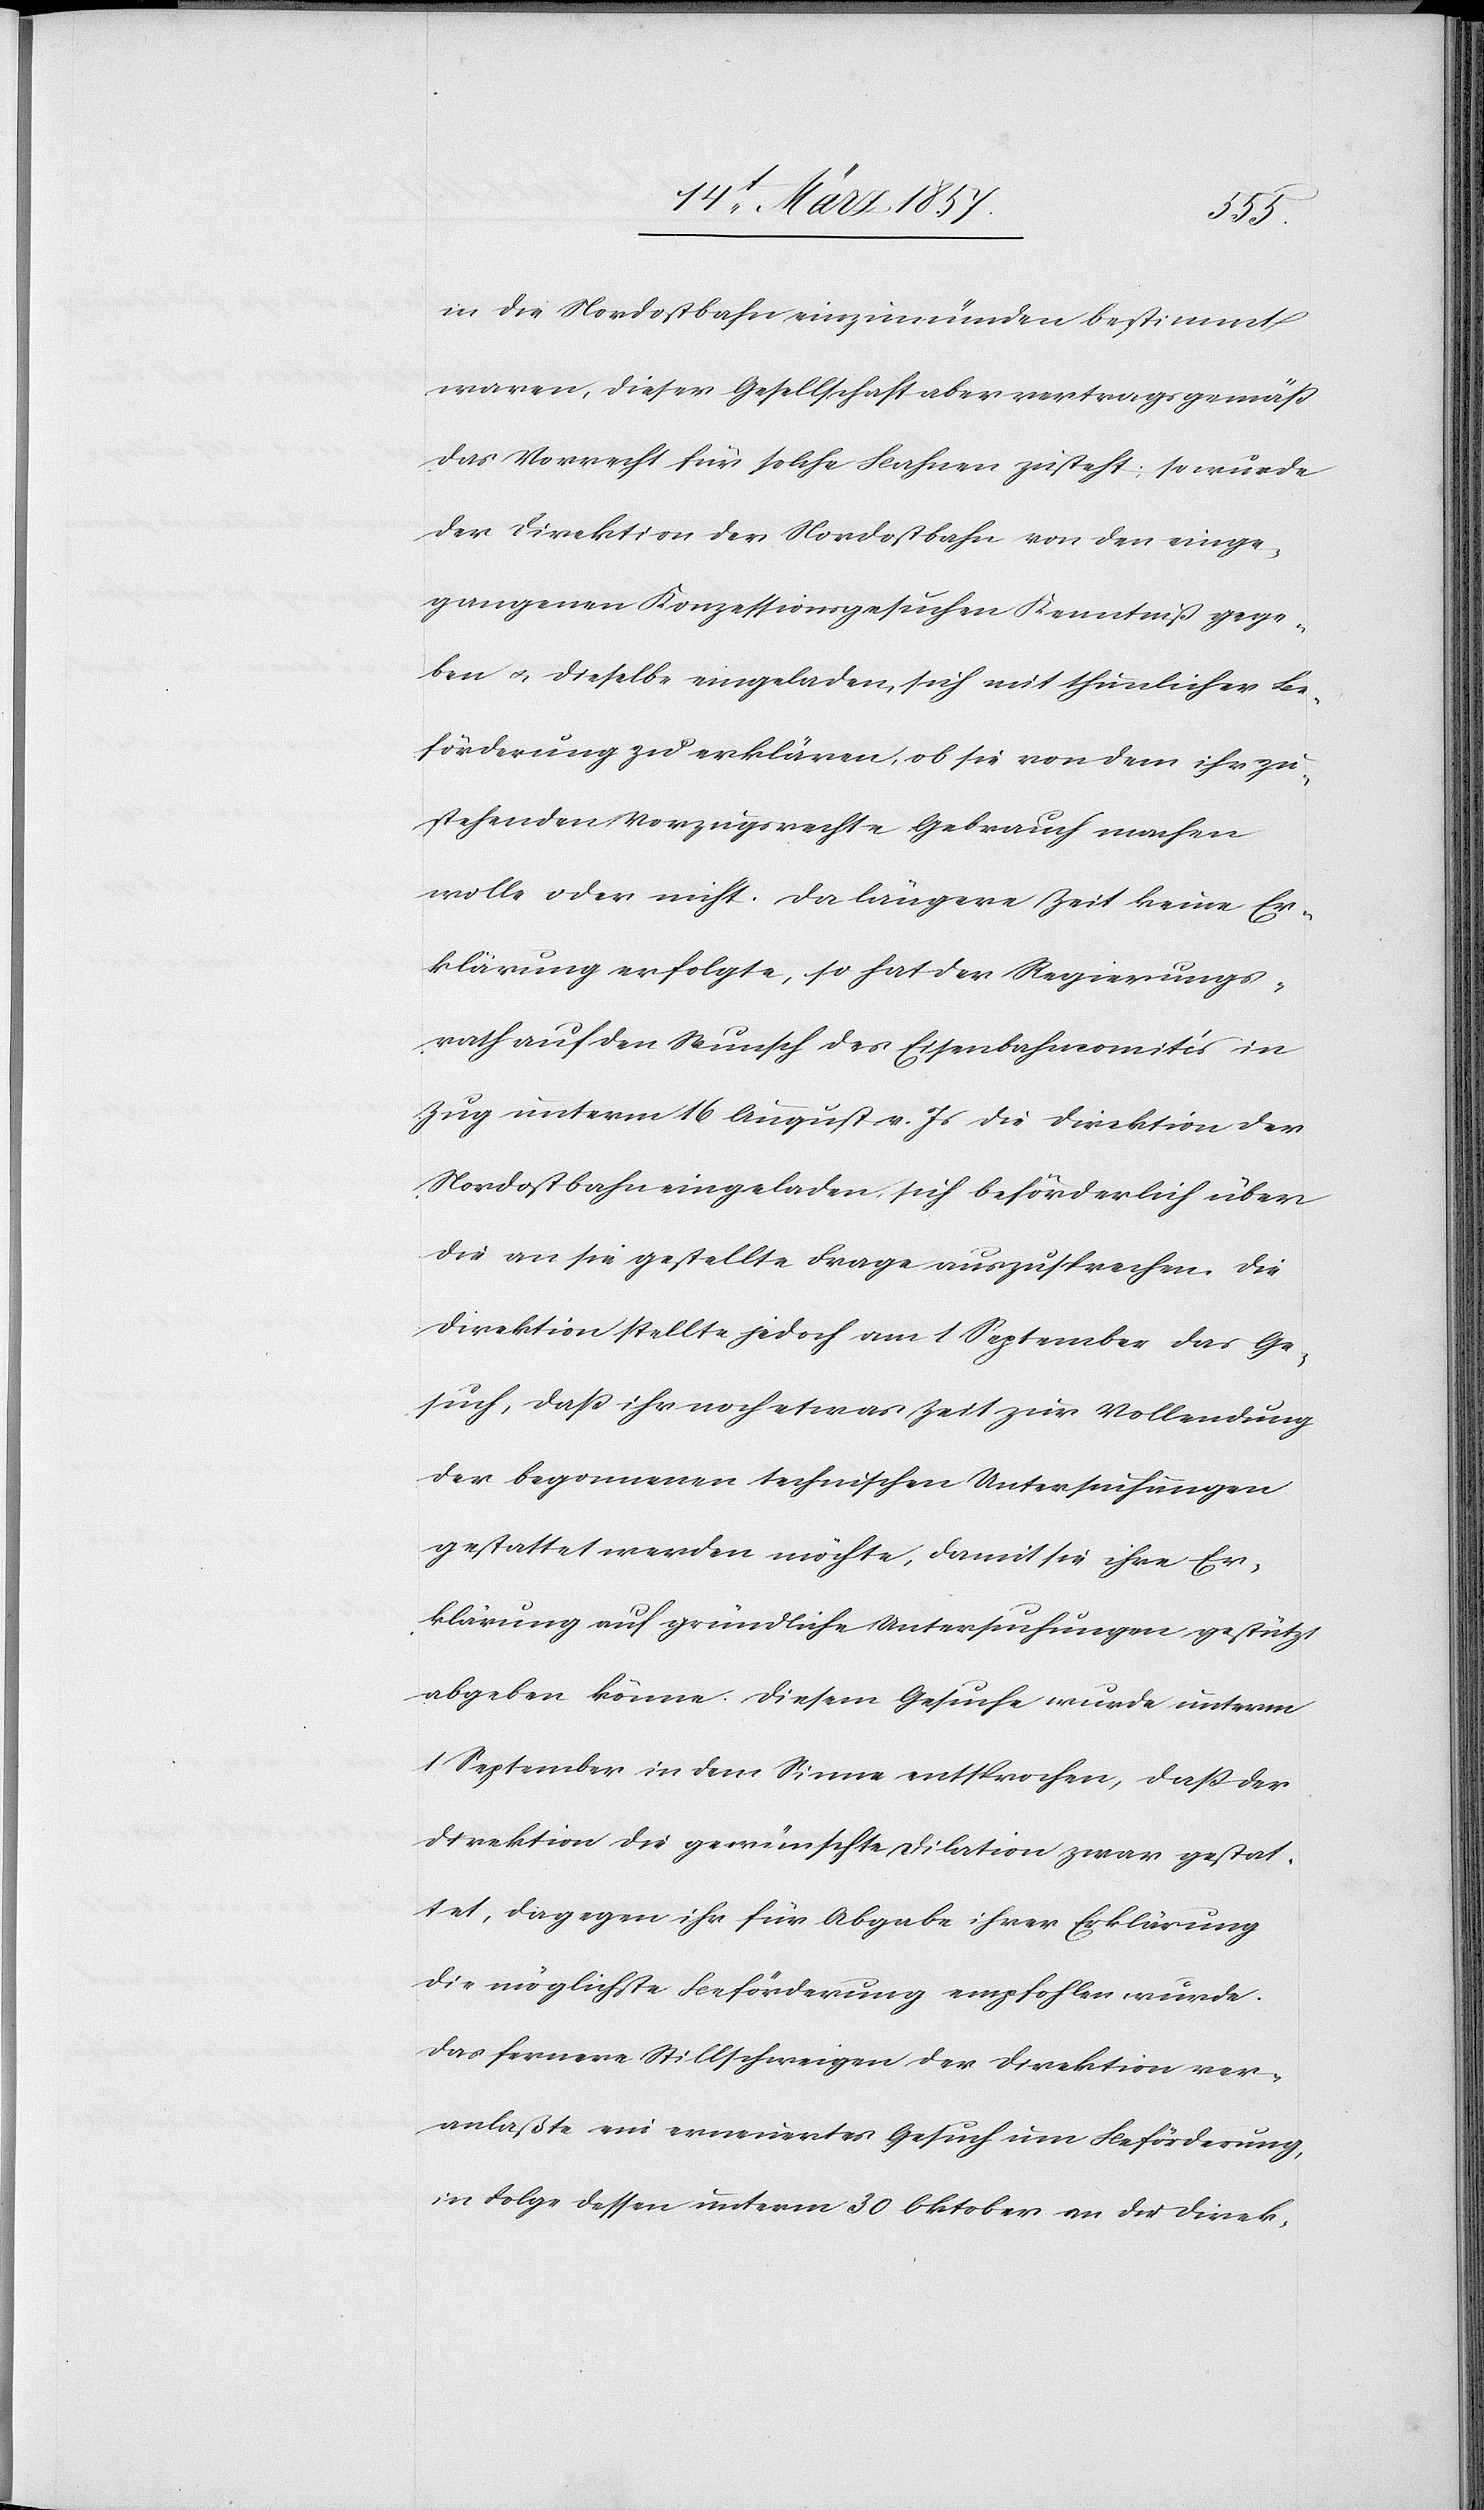
in die Nordostbahn einzumünden bestimmt
waren, dieser Gesellschaft aber vertragsgemäß
das Vorrecht für solche Bahnen zusteht; so würde
der Direktion der Nordostbahn von den einge¬
gangenen Konzessionsgesuchen Kenntniß gege¬
ben u. dieselbe eingeladen, sich mit thunlicher Be¬
förderung zu erklären, ob sie von dem ihr zu¬
stehenden Vorzugsrechte Gebrauch machen
wolle oder nicht. Da längere Zeit keine Er¬
klärung erfolgte, so hat der Regierungs¬
rath auf den Wunsch des Eisenbahncomités in
Zug unterm 16 August v. Js die Direktion der
Nordostbahn eingeladen, sich beförderlich über
die an sie gestellte Frage auszusprechen. Die
Direktion stellte jedoch am 1 September das Ge¬
such, daß ihr noch etwas Zeit zur Vollendung
der begonnen technischen Untersuchungen
gestattet werden möchte, damit sie ihre Er¬
klärung auf gründliche Untersuchungen gestützt
abgeben könne. Diesem Gesuche wurde unterm
1 September in dem Sinne entsprochen, daß der
Direktion die gewünschte Dilation zwar gestat¬
tet, dagegen ihr für Abgabe ihrer Erklärung
die möglichste Beförderung empfohlen wurde.
Das fernere Stillschweigen der Direktion ver¬
anlaßte ein erneuertes Gesuch um Beförderung,
in Folge dessen unterm 30 Oktober an die Direk-